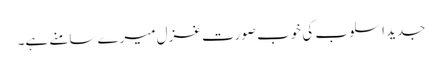
جدید اسلوب کی خوب صورت غزل میرے سامنے ہے۔